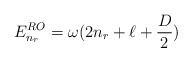
\begin{align*}E_{n_r}^{RO}=\omega(2n_r+\ell+\frac{D}{2})\end{align*}